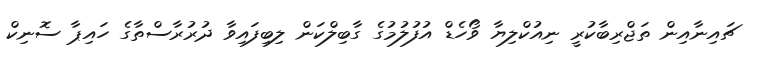
ޗައިނާއިން ތަޖްރިބާކުރީ ނިއުކްލިޔާ ވޯހެޑް އުފުލުމުގެ ގާބިލްކަން ލިބިފައިވާ ދުރުރާސްތާގެ ހައިޕާ ސޮނިކް